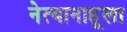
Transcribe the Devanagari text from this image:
नेत्यानाहूला